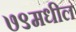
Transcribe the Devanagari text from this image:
७९मधील